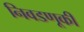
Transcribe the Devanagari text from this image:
निवडणूकी